Indian journal of veterinary science and animal husbandry - Volume 3,
Year: 1933
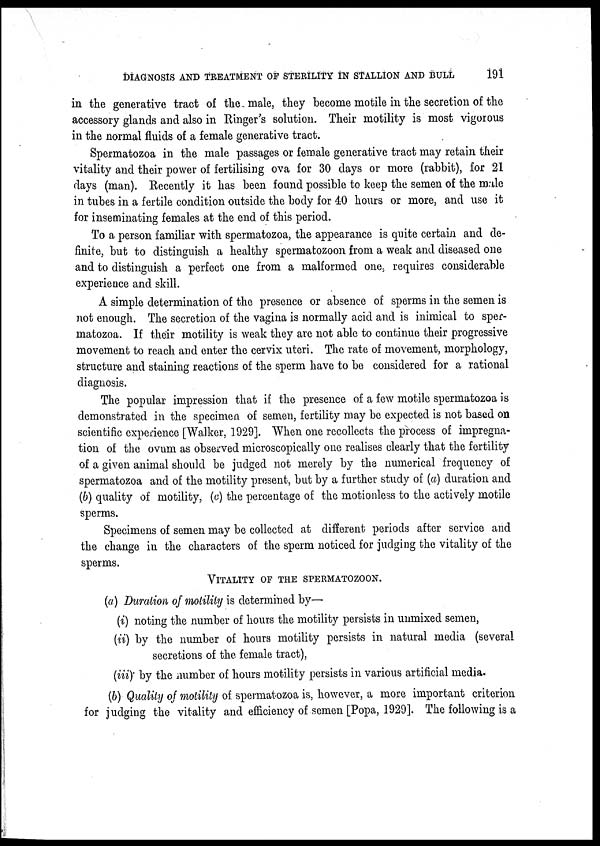
DIAGNOSIS AND TREATMENT OF STERILITY IN STALLION AND BULL
191
in the generative tract of the male, they become motile in the secretion of the
accessory glands and also in Ringer's solution. Their motility is most vigorous
in the normal fluids of a female generative tract.
Spermatozoa in the male passages or female generative tract may retain their
vitality and their power of fertilising ova for 30 days or more (rabbit), for 21
days (man). Recently it has been found possible to keep the semen of the male
in tubes in a fertile condition outside the body for 40 hours or more, and use it
for inseminating females at the end of this period.
To a person familiar with spermatozoa, the appearance is quite certain and de-
finite, but to distinguish a healthy spermatozoon from a weak and diseased one
and to distinguish a perfect one from a malformed one, requires considerable
experience and skill.
A simple determination of the presence or absence of sperms in the semen is
not enough. The secretion of the vagina is normally acid and is inimical to sper-
matozoa. If their motility is weak they are not able to continue their progressive
movement to reach and enter the cervix uteri. The rate of movement, morphology,
structure and staining reactions of the sperm have to be considered for a rational
diagnosis.
The popular impression that if the presence of a few motile spermatozoa is
demonstrated in the specimen of semen, fertility may be expected is not based on
scientific experience [Walker, 1929]. When one recollects the process of impregna-
tion of the ovum as observed microscopically one realises clearly that the fertility
of a given animal should be judged not merely by the numerical frequency of
spermatozoa and of the motility present, but by a further study of (a) duration and
(b) quality of motility, (c) the percentage of the motionless to the actively motile
sperms.
Specimens of semen may be collected at different periods after service and
the change in the characters of the sperm noticed for judging the vitality of the
sperms.
VITALITY OF THE SPERMATOZOON.
(a) Duration of motility is determined by—
(i) noting the number of hours the motility persists in unmixed semen,
(ii) by the number of hours motility persists in natural media (several
secretions of the female tract),
(iii) by the number of hours motility persists in various artificial media-
(b) Quality of motility of spermatozoa is, however, a more important criterion
for judging the vitality and efficiency of semen [Popa, 1929]. The following is a